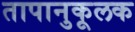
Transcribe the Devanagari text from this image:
तापानुकूलक